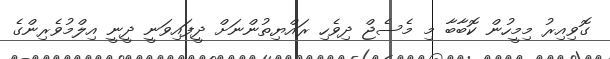
ގޮވިއިރު މިމީހުން ކޮބާބާ މި މެސެޖް ދިވެހި ރައްޔިތުންނަށް ދީފައިވަނީ ދީނީ އިލްމުވެރިންގެ